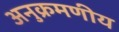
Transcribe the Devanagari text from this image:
अनुक्रमणीय